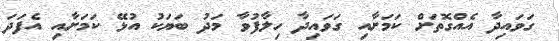
ގަވައިދާ އެއްގޮތަށް ކަމަށާއި ގަވައިދާ ހިލާފުވާ މަދު ބަޔަކު އުޅޭ ކަމަށާއި އެފަދަ